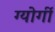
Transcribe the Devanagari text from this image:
ग्योर्गी